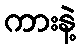
ကားနဲ့